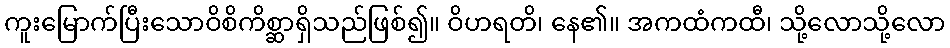
ကူးမြောက်ပြီးသောဝိစိကိစ္ဆာရှိသည်ဖြစ်၍။ ဝိဟရတိ၊ နေ၏။ အကထံကထီ၊ သို့လောသို့လော